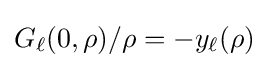
G_{\ell }(0,\rho )/\rho =-y_{\ell }(\rho )